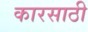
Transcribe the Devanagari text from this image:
कारसाठी